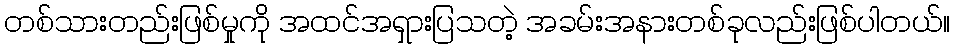
တစ်သားတည်းဖြစ်မှုကို အထင်အရှားပြသတဲ့ အခမ်းအနားတစ်ခုလည်းဖြစ်ပါတယ်။